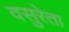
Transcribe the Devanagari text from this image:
वसुरेता